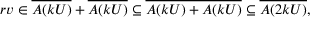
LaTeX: r v \in { \overline { { A ( k U ) } } } + { \overline { { A ( k U ) } } } \subseteq { \overline { { A ( k U ) + A ( k U ) } } } \subseteq { \overline { { A ( 2 k U ) } } } ,